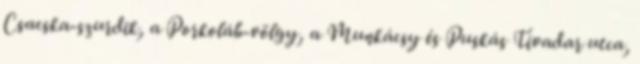
Csacska-szurdik, a Porkoláb-völgy, a Munkácsy és Puskás Tivadar utca,